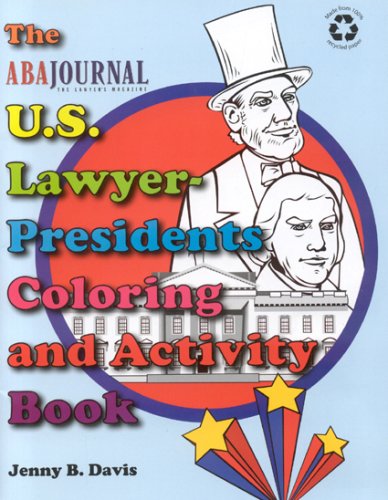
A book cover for The U.S. Lawyer-Presidents Coloring and Activity Book (Aba Journal); Jenny B. Davis; Children's Books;